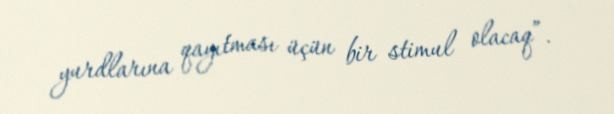
yurdlarına qayıtması üçün bir stimul olacaq”.